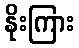
နိုးကြား